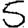
Digit: 5